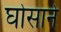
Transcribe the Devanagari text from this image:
घोसाने